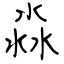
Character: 淼